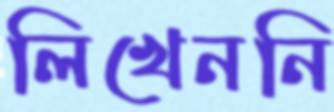
লিখেননি